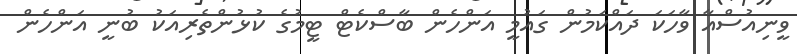
ވީނިއުސްއާ ވާހަކަ ދައްކަމުން ގައުމީ އަންހެން ބާސްކެޓް ޓީމުގެ ކުޅުންތެރިއަކު ބުނީ އަންހެން